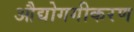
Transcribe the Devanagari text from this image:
औद्योगगीकरण